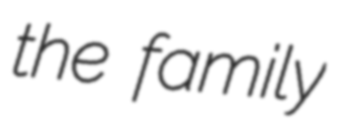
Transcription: the family